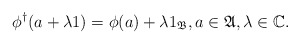
\begin{align*} \phi^\dagger(a + \lambda 1) = \phi(a) + \lambda 1_\mathfrak{B}, a \in \mathfrak A, \lambda \in \mathbb C.\end{align*}